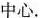
中心.